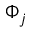
\Phi _ { j }